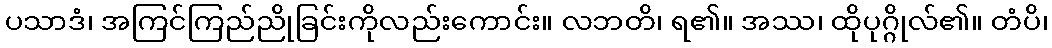
ပသာဒံ၊ အကြင်ကြည်ညိုခြင်းကိုလည်းကောင်း။ လဘတိ၊ ရ၏။ အဿ၊ ထိုပုဂ္ဂိုလ်၏။ တံပိ၊